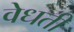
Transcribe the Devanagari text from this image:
वेधती